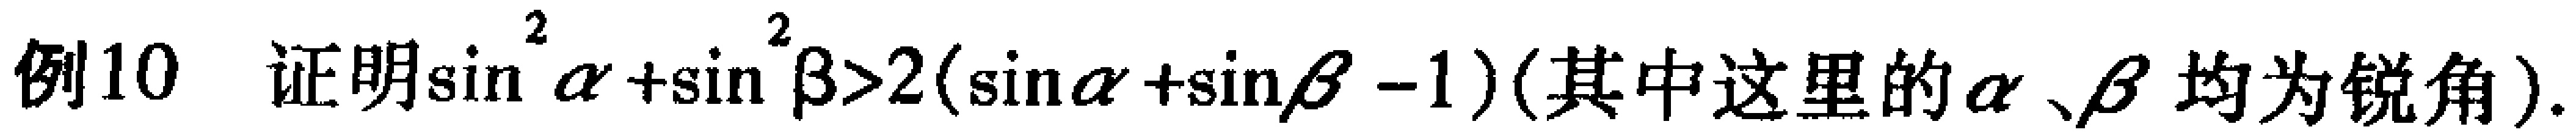
例10 证明\(\sin^{2}\alpha+\sin^{2}\beta>2(\sin\alpha+\sin\beta - 1)\)(其中这里的\(\alpha\)、\(\beta\)均为锐角).